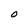
Character: O